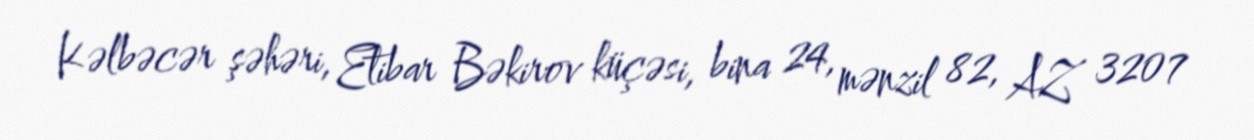
Kəlbəcər şəhəri, Etibar Bəkirov küçəsi, bina 24, mənzil 82, AZ 3207